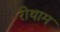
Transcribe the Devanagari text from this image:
रोथाम